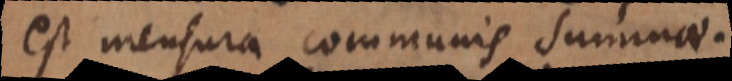
est mensura communis summae.